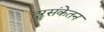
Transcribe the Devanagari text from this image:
दूरसंकेतन